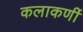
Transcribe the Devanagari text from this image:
कलाकर्णी